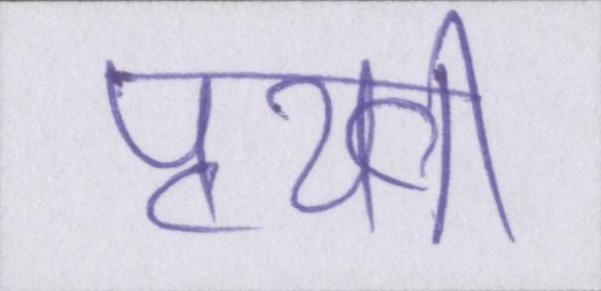
पृथ्वी